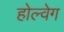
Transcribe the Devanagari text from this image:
होल्वेग